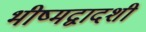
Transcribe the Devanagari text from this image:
भीष्मद्वादशी